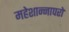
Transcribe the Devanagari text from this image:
महेशान्नापरो